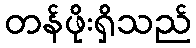
တန်ဖိုးရှိသည်